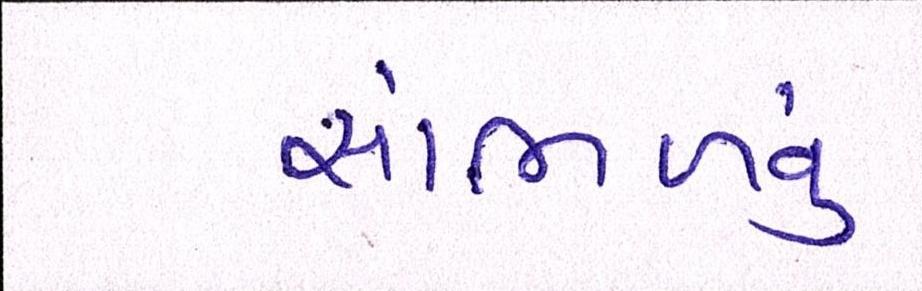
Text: સાંભળવું